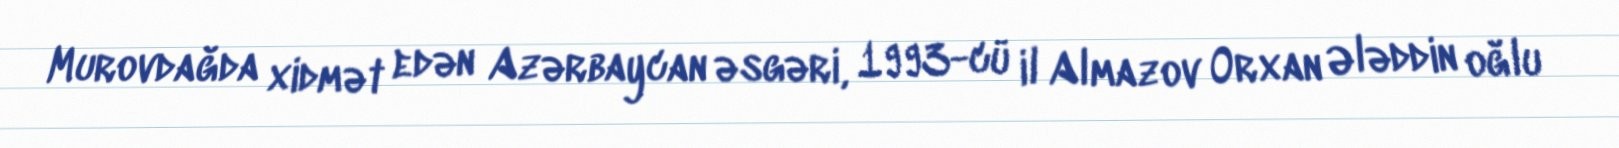
Murovdağda xidmət edən Azərbaycan əsgəri, 1993-cü il Almazov Orxan Ələddin oğlu